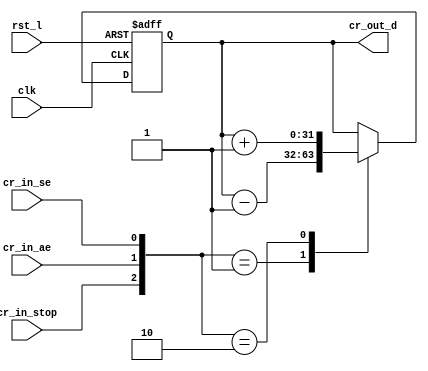
module Counter_Reg(
input clk,
input rst_l,
input cr_in_ae,
input cr_in_se,
input cr_in_stop,
output reg[CRD_LEN:0]cr_out_d

    );
//*******************************************Define Inner Variable***********************************************//
    parameter CRD_LEN=5'd31;
 //*******************************************loginc Implementation***********************************************//
    //
    always@(posedge clk,negedge rst_l)
        if(!rst_l)
            cr_out_d<=32'h0;
        else
           case({cr_in_stop,cr_in_ae,cr_in_se})
               3'b000: cr_out_d<=cr_out_d;
               3'b001:cr_out_d<=cr_out_d-32'h1;
               3'b010:cr_out_d<=cr_out_d+32'h1;
               default:cr_out_d<=cr_out_d;
           endcase
endmodule